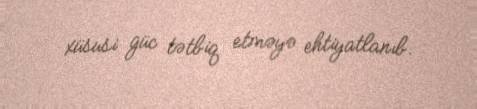
xüsusi güc tətbiq etməyə ehtiyatlanıb.